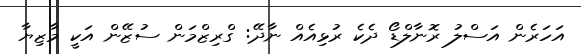
އަހަރެން އަސްލު ރޮނާލްޑޯ ދެކެ ރުޅިއެއް ނާދޭ: ގްރިޒްމަން ސުޒޭން އަކީ މާޒިޔާ